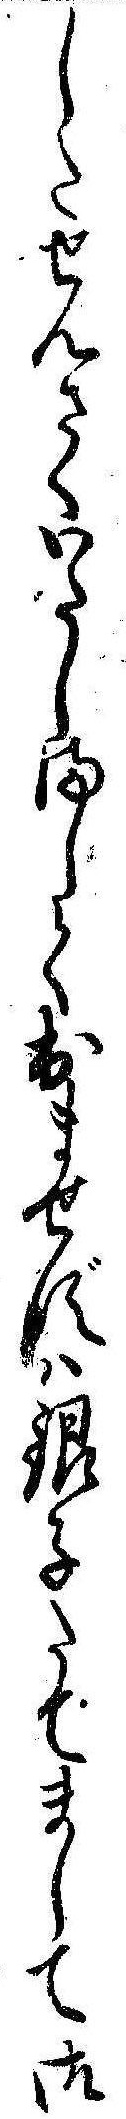
したせんさくいたしまして出ませずは銀子たてまして御